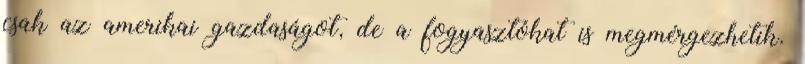
csak az amerikai gazdaságot, de a fogyasztókat is megmérgezhetik.